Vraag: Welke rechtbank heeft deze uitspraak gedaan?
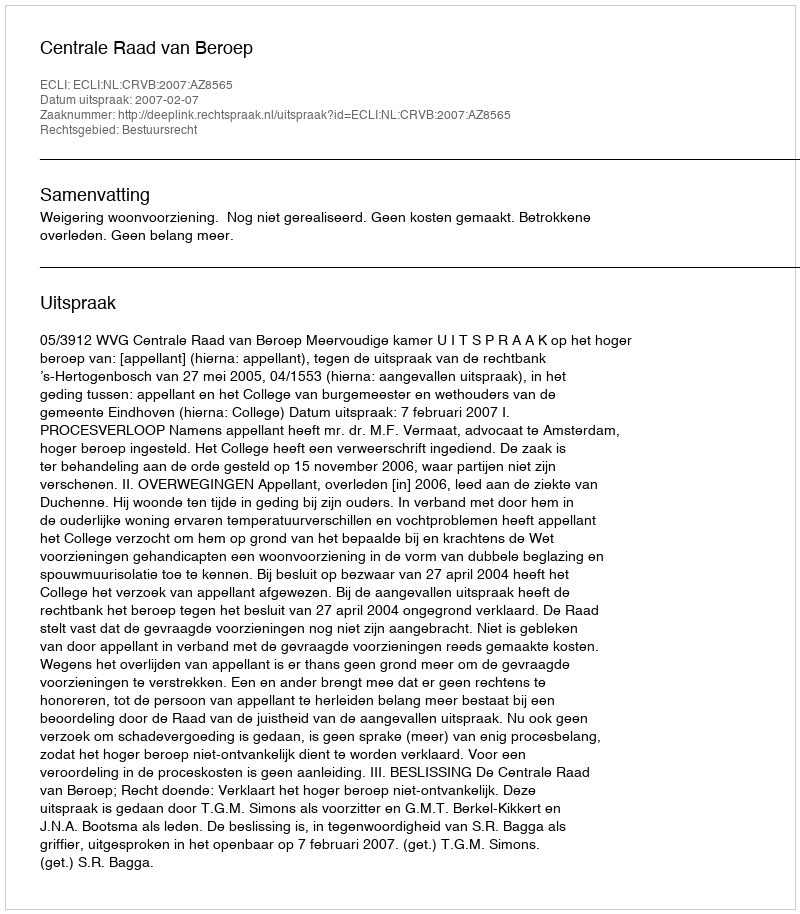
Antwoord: Centrale Raad van Beroep